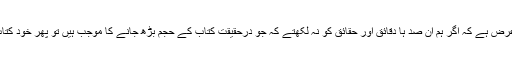
سو ان کی خدمتِ والا میں یہ عرض ہے کہ اگر ہم ان صد ہا دقائق اور حقائق کو نہ لکھتے کہ جو درحقیقت کتاب کے حجم بڑھ جانے کا موجب ہیں تو پھر خود کتاب کی تالیف ہی غیر مفید ہوتی۔